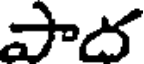
పాద